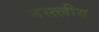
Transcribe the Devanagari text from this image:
नस्त्लीय